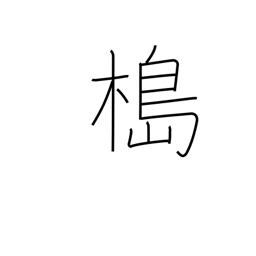
Meaning: mooring pole